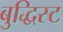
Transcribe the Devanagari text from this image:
बुद्धिस्ट